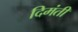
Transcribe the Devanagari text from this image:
दिमंती